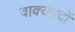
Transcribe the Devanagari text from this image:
वाक्यपदों